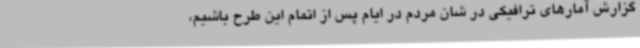
گزارش آمارهای ترافیکی در شان مردم در ایام پس از اتمام این طرح باشیم،